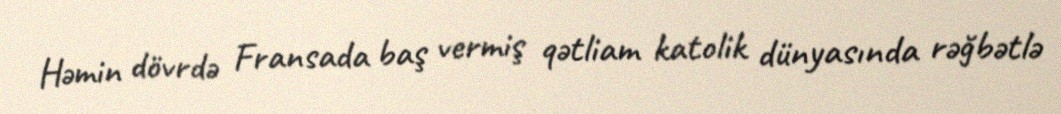
Həmin dövrdə Fransada baş vermiş qətliam katolik dünyasında rəğbətlə